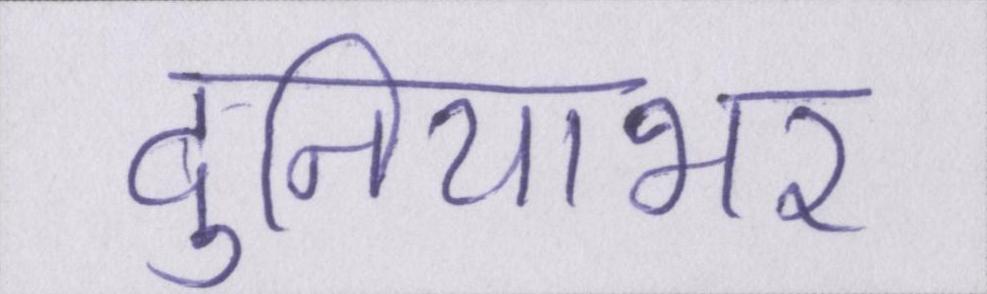
दुनियाभर